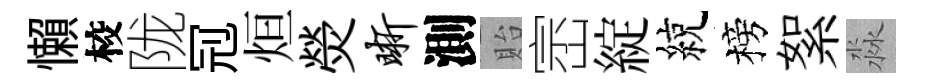
懶校陇𠜍烜熒晰測貽崈綻綂榜絮淼